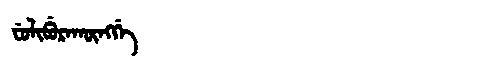
Manchu: ᠸᡠᠯᡳᠪᡠᡵᠠᡴᡡᠩᡤᡝ
Romanization: FULIBURAKŪNGGE